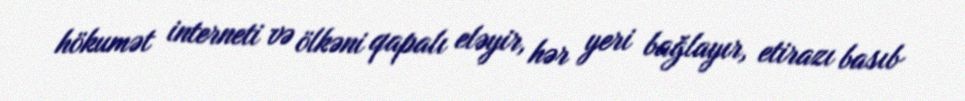
hökumət interneti və ölkəni qapalı eləyir, hər yeri bağlayır, etirazı basıb